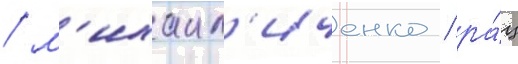
/ м'ихаил'иченко / ра́ц